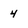
Character: 4